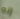
إنه